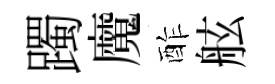
躅魔酢舷